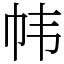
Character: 帏